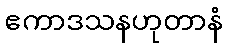
ဧကာဒသနဟုတာနံ